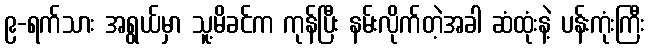
၉-ရက်သား အရွယ်မှာ သူ့မိခင်က ကုန်ပြီး နမ်းလိုက်တဲ့အခါ ဆံထုံးနဲ့ ပန်းကုံးကြီး